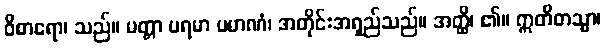
ဝိစာရော၊ သည်။ မတ္တာ ပရမာ ပမာဏံ၊ အတိုင်းအရှည်သည်။ အတ္ထိ၊ ၏။ ဣတိတသ္မာ၊